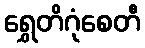
ရွှေတိဂုံစေတီ